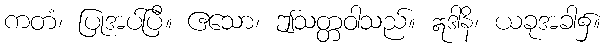
ကတံ၊ ပြုအပ်ပြီ။ ဧသော၊ ဤသတ္တဝါသည်။ ဣဒါနိ၊ ယခုအခါ၌။